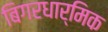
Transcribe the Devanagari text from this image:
बिगरधार्मिक